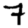
Digit: 7